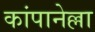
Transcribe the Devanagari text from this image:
कांपानेल्ला